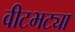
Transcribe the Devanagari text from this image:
वीटभट्या